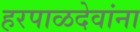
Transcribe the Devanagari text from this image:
हरपाळदेवांना